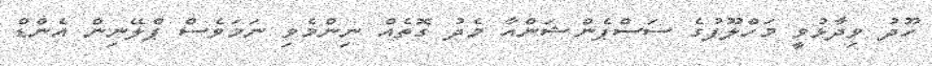
ހޫދު ވިދާޅުވީ މަހްލޫފުގެ ސަސްޕެންޝަންއާ މެދު ގޮތެއް ނިންމެވި ނަމަވެސް ޕްލޭނިން އެންޑް